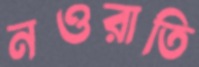
নওরাতি